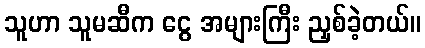
သူဟာ သူမဆီက ငွေ အများကြီး ညှစ်ခဲ့တယ်။